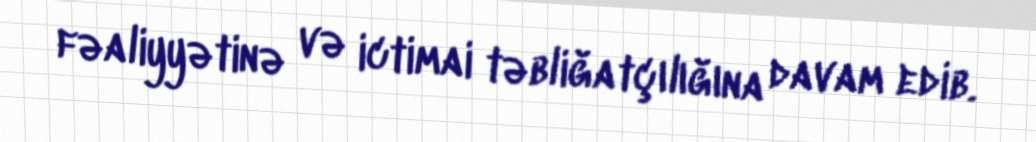
fəaliyyətinə və ictimai təbliğatçılığına davam edib.